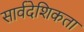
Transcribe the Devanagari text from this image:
सार्वदेशिकता